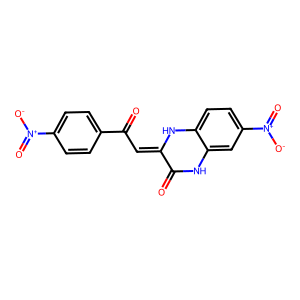
SMILES: O=C1Nc2cc([N+](=O)[O-])ccc2NC1=CC(=O)c1ccc([N+](=O)[O-])cc1
Inhibits HIV replication: No